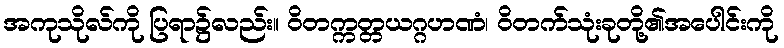
အကုသိုလ်ကို ပြရာ၌လည်း။ ဝိတက္ကတ္တယဂ္ဂဟဏံ၊ ဝိတက်သုံးခုတို့၏အပေါင်းကို